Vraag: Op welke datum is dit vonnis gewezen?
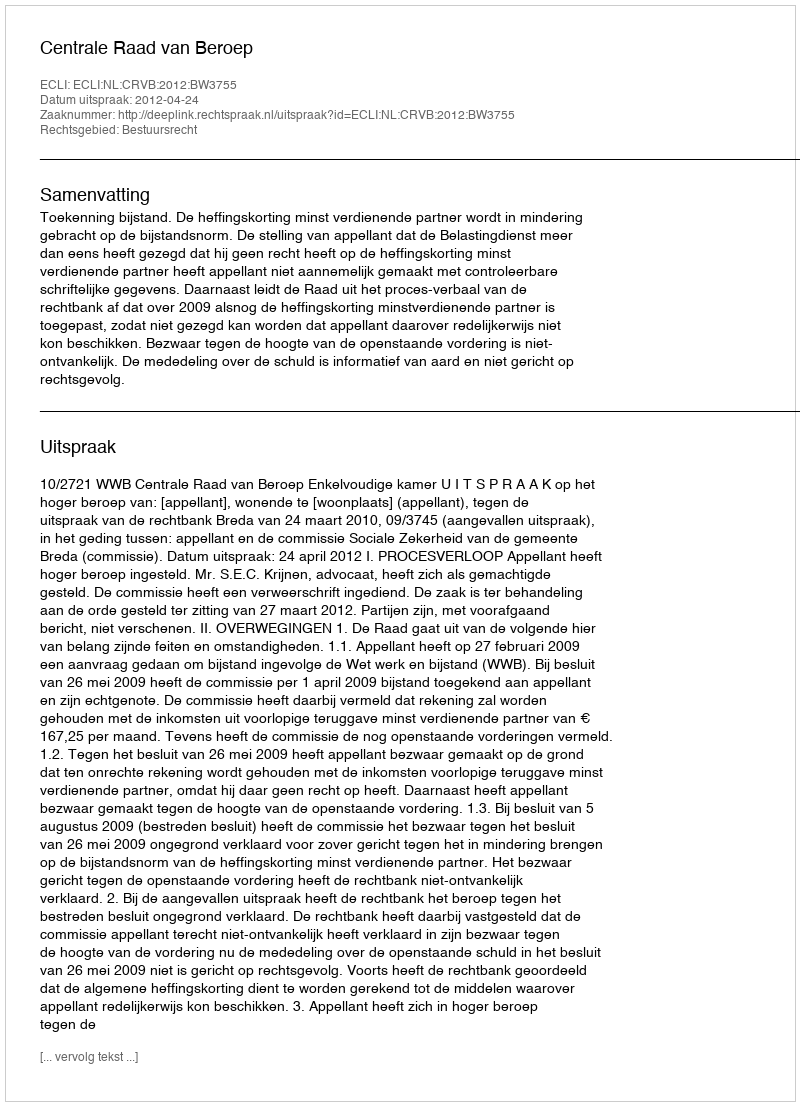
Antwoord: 2012-04-24